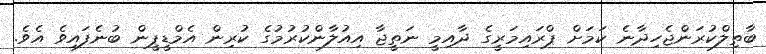
ބާތިލްކުރަންޖެހިދާނެ ކަމަށް ޕްރައިމަރީގެ ދާއިމީ ނަތީޖާ އިއުލާންކުރުމުގެ ކުރިން އެމްޑީޕީން ބުނެފައިވެ އެވެ.